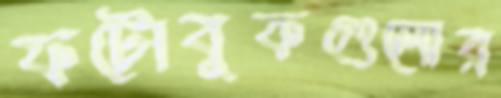
ফটোবুকগুলোর